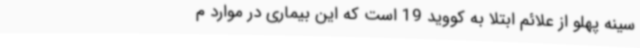
سینه پهلو از علائم ابتلا به کووید 19 است که این بیماری در موارد م